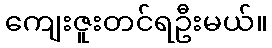
ကျေးဇူးတင်ရဦးမယ်။